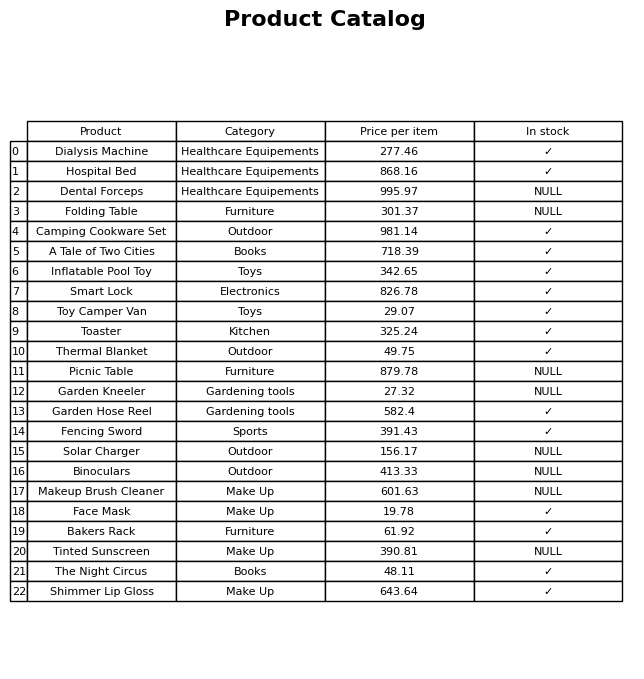
question: Which products are currently out of stock?
answer: Dental Forceps, Folding Table, Picnic Table, Garden Kneeler, Solar Charger, Binoculars, Makeup Brush Cleaner, Tinted Sunscreen